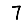
Digit: 7